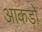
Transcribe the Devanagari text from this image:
आकड़ो